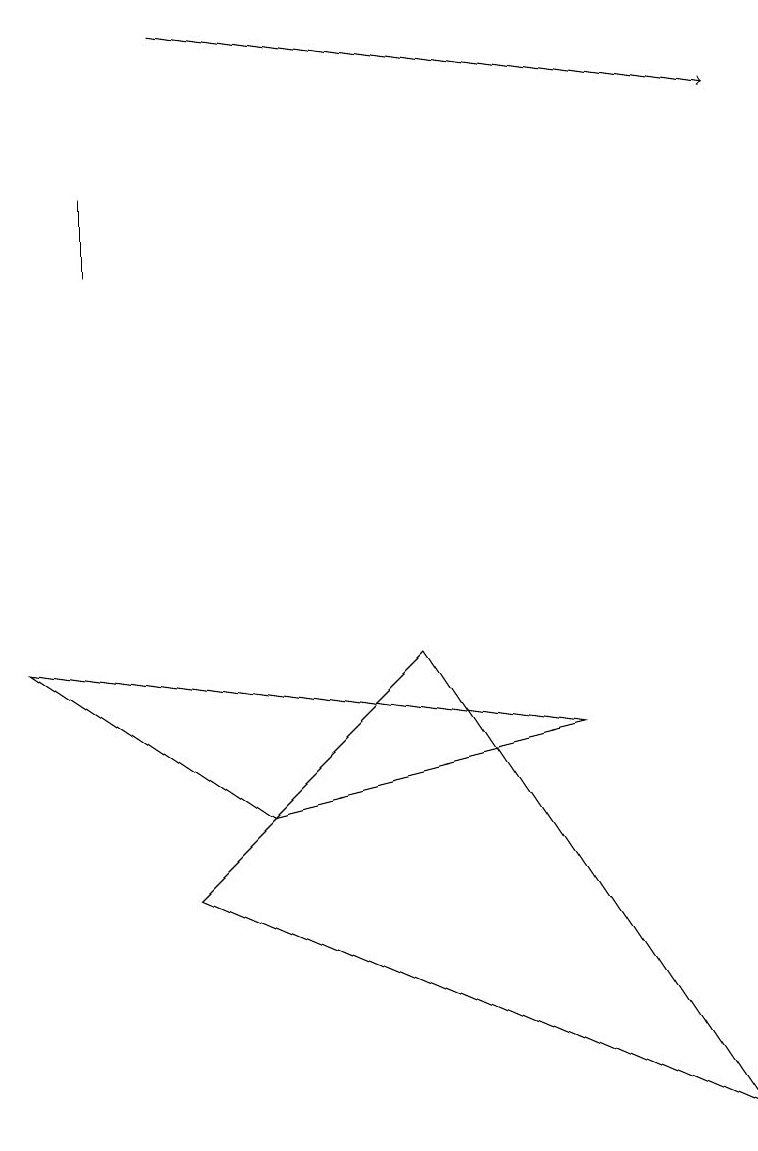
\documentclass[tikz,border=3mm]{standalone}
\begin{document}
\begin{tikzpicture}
\draw (1,12) rectangle (1,13);
\draw[->] (2,15) -- (9,14);
\draw (0,7) -- (3,5) -- (7,6) -- cycle;
\draw (9,1) -- (2,4) -- (5,7) -- cycle;
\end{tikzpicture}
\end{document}